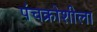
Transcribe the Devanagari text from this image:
पंचक्रोशीला